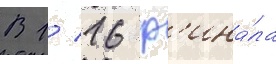
В 1/ 16 ф'ина́ла